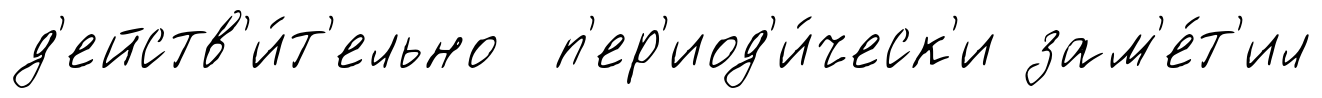
д'ейств'и́т'ельно п'ер'иод'и́ческ'и зам'е́т'ил